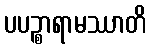
ပပဉ္စာရာမဿာတိ